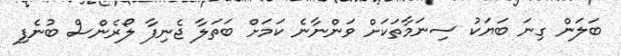
ބަލަން ގިނަ ބަޔަކު ސިނަމާތަކަށް ވަންނާނެ ކަމަށް ބަތަލާ ޖެނިފާ ލޯރެންސް ބުނެފި